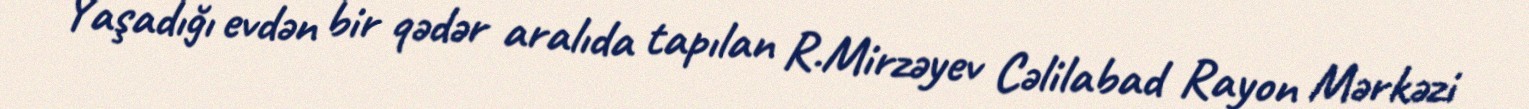
Yaşadığı evdən bir qədər aralıda tapılan R.Mirzəyev Cəlilabad Rayon Mərkəzi